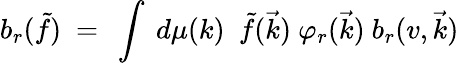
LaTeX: b_{r}(\tilde{f})\ =\ \int\ d\mu(k)\ \ \tilde{f}(\vec{k})\ {\varphi}_{r}(\vec{k})\ b_{r}(v,\vec{k})